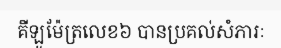
គីឡូម៉ែត្រលេខ៦ បានប្រគល់សំភារៈ